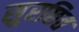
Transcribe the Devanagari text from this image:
सुरछित